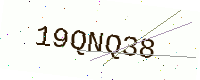
Text: 19QNQ38